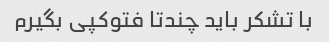
با تشکر باید چندتا فتوکپی بگیرم